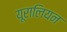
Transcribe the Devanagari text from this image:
यूरालियन